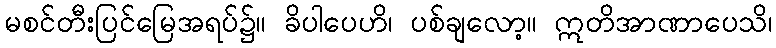
မစင်တီးပြင်မြေအရပ်၌။ ခိပါပေဟိ၊ ပစ်ချလော့။ ဣတိအာဏာပေသိ၊